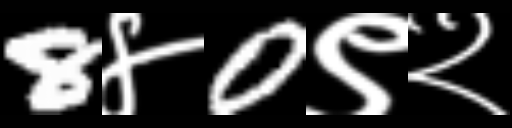
Text: 8४0९२